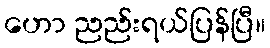
ဟော ညည်းရယ်ပြန်ပြီ။